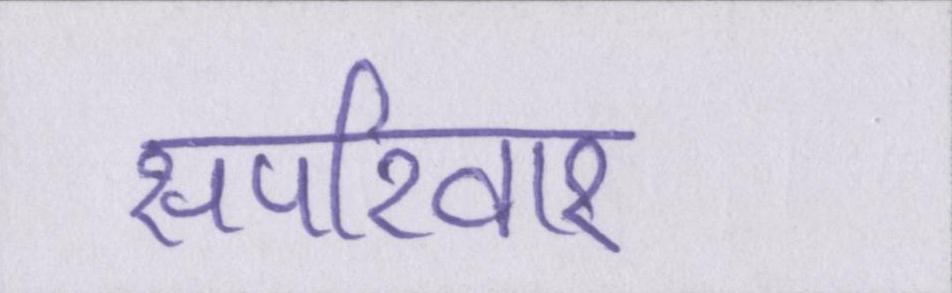
सपरिवार